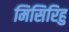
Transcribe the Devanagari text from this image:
मिसिरिहु